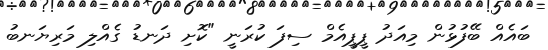
ބައެއް ބޭފުޅުން މިއަދު ޕީޕީއެމް ސިފަ ކުރަނީ "ކޮށި ދަނޑު ގެއްލި މަރިޔަނބު